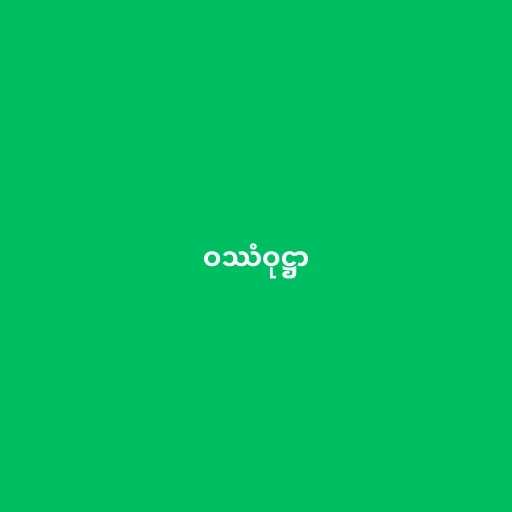
ဝဿံဝုဋ္ဌာ